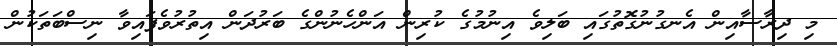
މި ދިރާސާއިން އެނގުނުގޮތުގައި ބަލިވެ އިނުމުގެ ކުރިން އަންހެނުންގެ ބަރުދަން އިތުރުވެފައިވާ ނިސްބަތަކުން